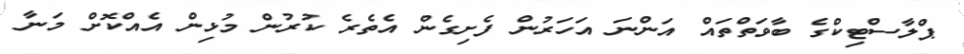
ޕްލާސްޓިކްގެ ބާވަތްތައް އަންނަ އަހަރުން ފެށިގެން އެތެރެ ކުރުން މުޅިން އެއްކޮށް މަނާ